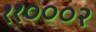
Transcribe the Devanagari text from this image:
११०००२